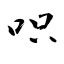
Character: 呮